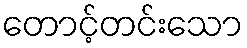
တောင့်တင်းသော